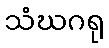
သံဃဂရု